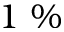
1 ~ \%